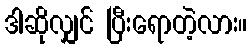
ဒါဆိုလျှင် ပြီးရောတဲ့လား။